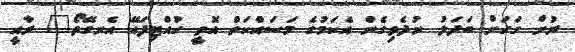
ރުށް ގަހަށް ބަދަލު ނުދެވިގެން އެކަމުގެ މަސައްކަތް އޮތީ ހުއްޓިފައޭ އެނގޭތޯ" ރާއީ